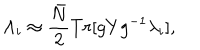
{ \Lambda } _ { i } \approx \frac { { \bar { N } } } { 2 } T r [ g Y g ^ { - 1 } { \lambda } _ { i } ] ,